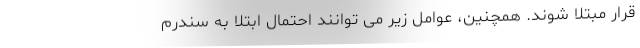
قرار مبتلا شوند. همچنین، عوامل زیر می توانند احتمال ابتلا به سندرم